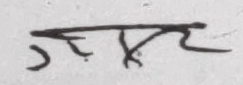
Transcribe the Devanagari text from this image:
जत्रर